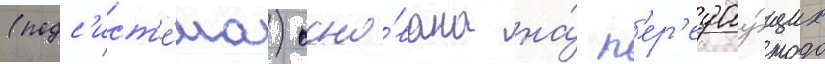
(подс'ист'е́ма) осно́вана на́ п'ер'едау́щих